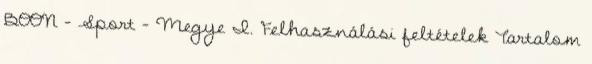
BOON - Sport - Megye I. Felhasználási feltételek Tartalom